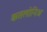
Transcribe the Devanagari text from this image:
कतलोनिअ